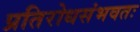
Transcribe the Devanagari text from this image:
प्रतिरोधसंभवतः